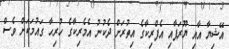
އޭޝިޔާ އާއި ޔޫރަޕާއި އެފްރިކާގެ އިތުރަށް ދެކުނު އެމެރިކާގެ ހުރިހާ ގައުމަކަށް ވެސް